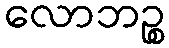
လောဘဉ္စ